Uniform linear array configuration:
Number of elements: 12
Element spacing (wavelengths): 0.75
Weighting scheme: hamming
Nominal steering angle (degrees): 15
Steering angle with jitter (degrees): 15.262
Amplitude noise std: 0.05
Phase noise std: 0.05

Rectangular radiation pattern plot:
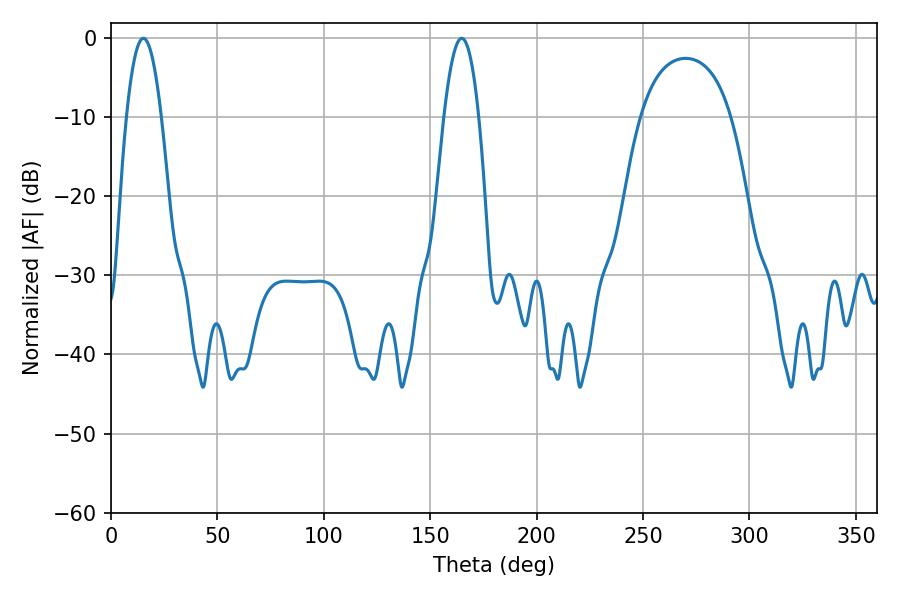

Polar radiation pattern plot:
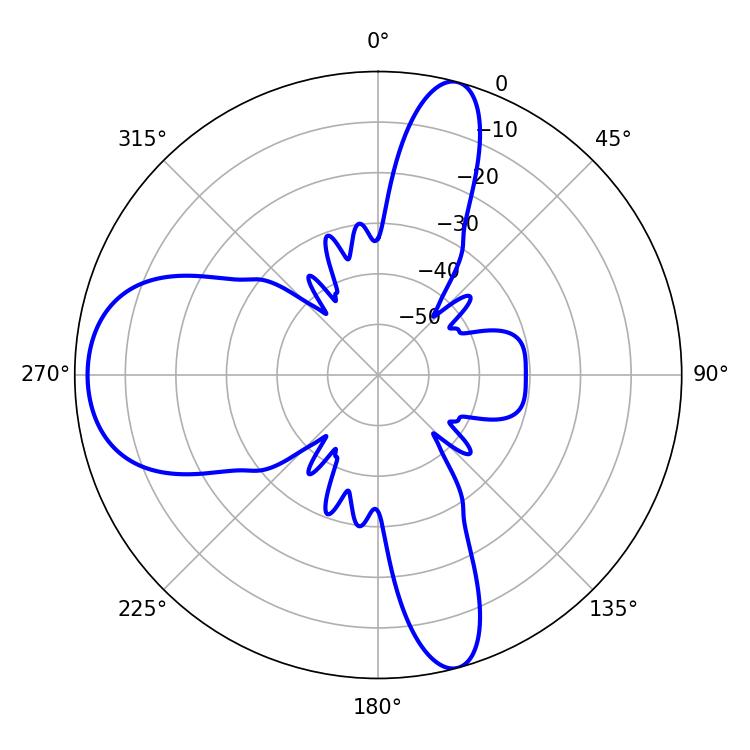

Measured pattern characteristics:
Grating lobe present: TRUE
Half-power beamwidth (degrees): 9
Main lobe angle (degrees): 15.3